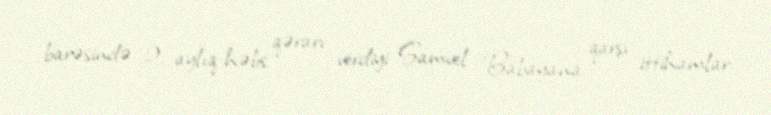
barəsində 2 aylıq həbs qərarı verdiyi Samvel Babayana qarşı ittihamlar